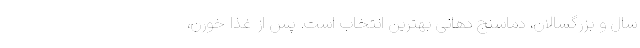
سال و بزرگسالان، دماسنج دهانی بهترین انتخاب است. پس از غذا خورن،